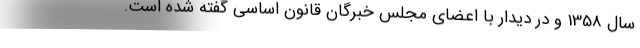
سال 1358 و در دیدار با اعضای مجلس خبرگان قانون اساسی گفته‌ شده است.